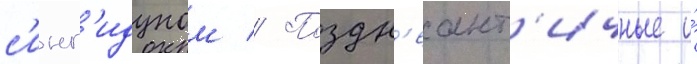
с'инг'идуном // Поздн'еант'ичные и́